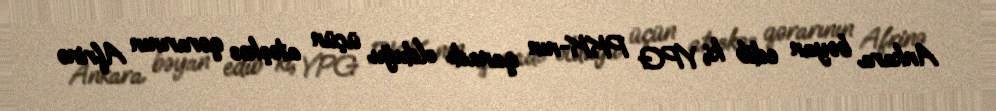
Ankara bəyan edib ki, YPG PKK-nın qanadı olduğu üçün atəşkəs qərarının Afrinə